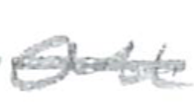
Text: on
Cross-out: single-line
Writing tool: pencil